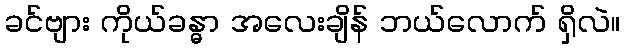
ခင်ဗျား ကိုယ်ခန္ဓာ အလေးချိန် ဘယ်လောက် ရှိလဲ။